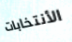
الأنتخابات